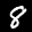
Label: 8